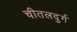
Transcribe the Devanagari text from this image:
चीतलदुर्ग